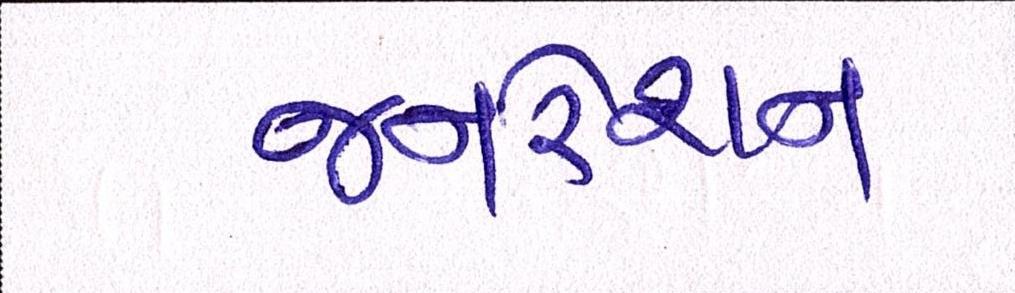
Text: જનરેશન